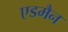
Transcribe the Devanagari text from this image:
एडमैन